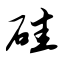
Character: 硅